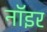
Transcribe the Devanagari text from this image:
नॉइर